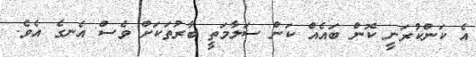
އެ ކަންކުރަނީ ކޮން ބައެއް ކަން ސަލާމަތީ ބާރުތަކަށް ވެސް އެނގެ އެވެ.